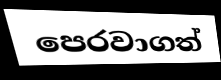
පෙරවාගත්